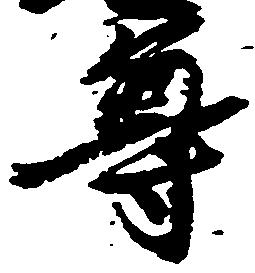
尊